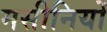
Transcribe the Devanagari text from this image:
मसीनियों